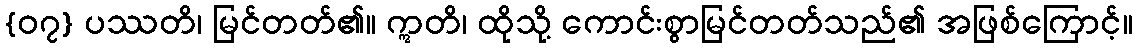
{၀၇} ပဿတိ၊ မြင်တတ်၏။ ဣတိ၊ ထိုသို့ ကောင်းစွာမြင်တတ်သည်၏ အဖြစ်ကြောင့်။